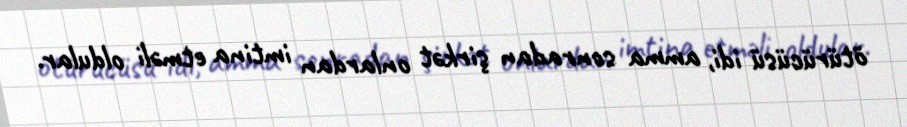
ötürücüsü idi, amma sonradan şirkət onlardan imtina etməli oldular.